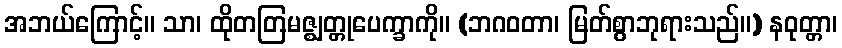
အဘယ်ကြောင့်။ သာ၊ ထိုတတြမဇ္ဈတ္တုပေက္ခာကို။ (ဘဂဝတာ၊ မြတ်စွာဘုရားသည်။) နဝုတ္တာ၊